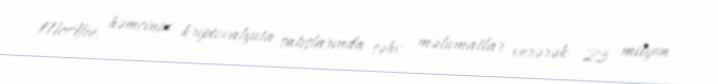
McAfee, həmçinin kriptovalyuta satışlarında səhv məlumatlar verərək 23 milyon